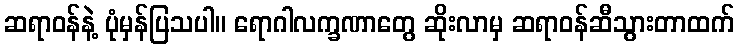
ဆရာဝန်နဲ့ ပုံမှန်ပြသပါ။ ရောဂါလက္ခဏာတွေ ဆိုးလာမှ ဆရာဝန်ဆီသွားတာထက်